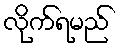
လိုက်ရမည်